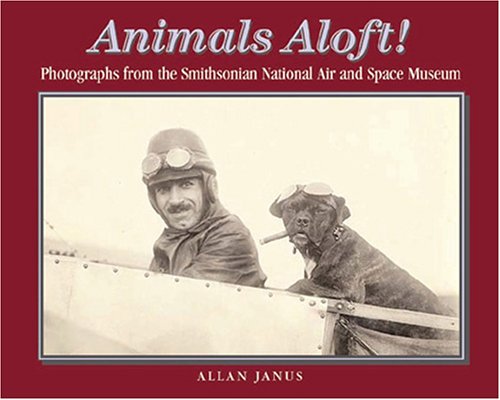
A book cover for Animals Aloft: photographs from the Smithsonian national Air & Space Museum; Allan Janus; Arts & Photography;